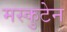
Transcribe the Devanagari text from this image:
मस्कुटेन